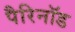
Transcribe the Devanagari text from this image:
पैरिनॉड